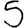
Digit: 5